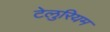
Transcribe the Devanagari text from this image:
टेलुरियम